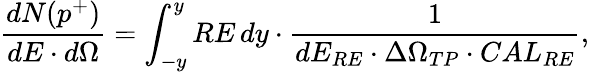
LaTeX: \frac{dN(p^{+})}{dE\cdot d\Omega}=\int_{-y}^{y}{RE\, dy}\cdot\frac{1}{dE_{RE}\cdot\Delta\Omega_{TP}\cdot CAL_{RE}},